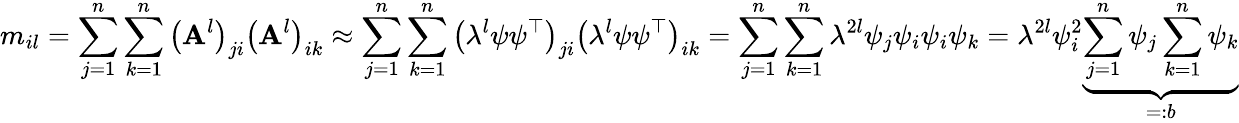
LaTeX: m_{il}=\sum_{j=1}^{n}\sum_{k=1}^{n}\left(\mathbf{A}^{l}\right)_{ji}\left(\mathbf{A}^{l}\right)_{ik}\approx\sum_{j=1}^{n}\sum_{k=1}^{n}\left(\lambda^{l}\psi\psi^{\top}\right)_{ji}\left(\lambda^{l}\psi\psi^{\top}\right)_{ik}=\sum_{j=1}^{n}\sum_{k=1}^{n}\lambda^{2l}\psi_{j}\psi_{i}\psi_{i}\psi_{k}=\lambda^{2l}\psi_{i}^{2}\underbrace{{\sum_{j=1}^{n}\psi_{j}\sum_{k=1}^{n}\psi_{k}}}_{=:b}